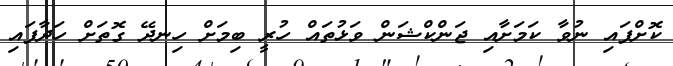
ކޮށްފައި ނުވާ ކަމަށާއި ޖަންކްޝަން ވަޅުތައް ހުރީ ބިމަށް ހިނދޭ ގޮތަށް ހަދާފައި